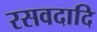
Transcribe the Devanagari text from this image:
रसवदादि